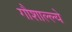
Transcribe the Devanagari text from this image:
गौशाल्ल्ये